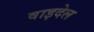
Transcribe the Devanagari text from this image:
वाइदेल